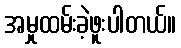
အမှုထမ်းခဲ့ဖူးပါတယ်။